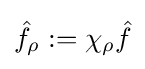
{\hat {f}}_{\rho }:=\chi _{\rho }{\hat {f}}